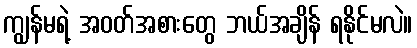
ကျွန်မရဲ့ အဝတ်အစားတွေ ဘယ်အချိန် ရနိုင်မလဲ။